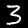
Label: 3